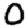
Digit: 0